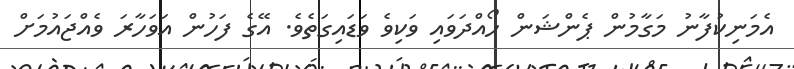
އެމަނިކުފާނު މަގާމުން ޕެންޝަން ހޯއްދަވައި ވަކިވެ ވަޑައިގަތެވެ. އޭގެ ފަހުން އަވަހާރަ ވެއްޖައުމަށް